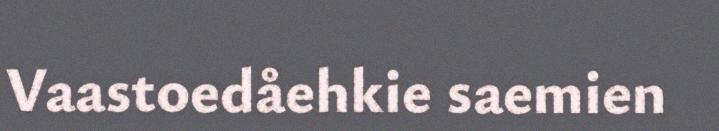
Vaastoedåehkie saemien